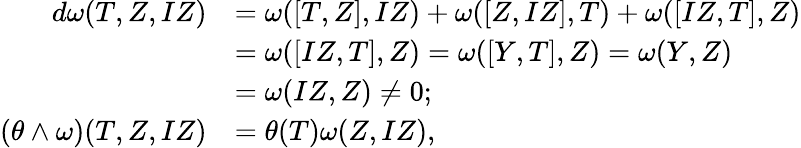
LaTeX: \begin{array}{rl}{d\omega(T,Z,IZ)}&{=\omega([T,Z],IZ)+\omega([Z,IZ],T)+\omega([IZ,T],Z)}\\ &{=\omega([IZ,T],Z)=\omega([Y,T],Z)=\omega(Y,Z)}\\ &{=\omega(IZ,Z)\neq 0;}\\ {(\theta\wedge\omega)(T,Z,IZ)}&{=\theta(T)\omega(Z,IZ),}\end{array}